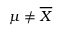
\mu \neq { \overline { { X } } }